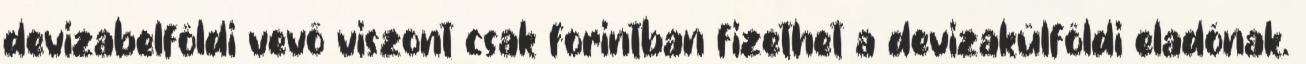
devizabelföldi vevő viszont csak forintban fizethet a devizakülföldi eladónak.